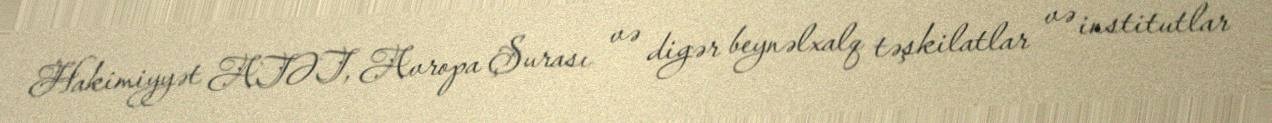
Hakimiyyət ATƏT, Avropa Şurası və digər beynəlxalq təşkilatlar və institutlar